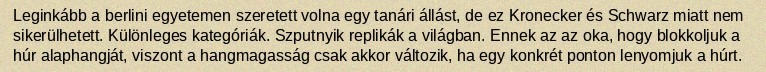
Leginkább a berlini egyetemen szeretett volna egy tanári állást, de ez Kronecker és Schwarz miatt nem sikerülhetett. Különleges kategóriák. Szputnyik replikák a világban. Ennek az az oka, hogy blokkoljuk a húr alaphangját, viszont a hangmagasság csak akkor változik, ha egy konkrét ponton lenyomjuk a húrt.